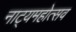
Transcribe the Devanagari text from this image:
नाट्यमहोत्सव